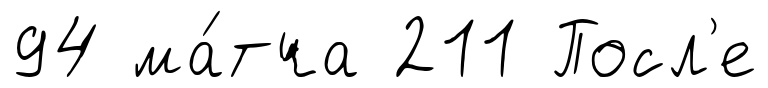
94 ма́тча 211 Посл'е